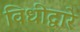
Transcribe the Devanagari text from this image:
विधीद्वारे